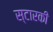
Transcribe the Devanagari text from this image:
स्टारकी